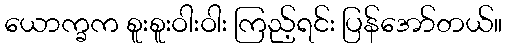
ယောက္ခက စူးစူးဝါးဝါး ကြည့်ရင်း ပြန်အော်တယ်။